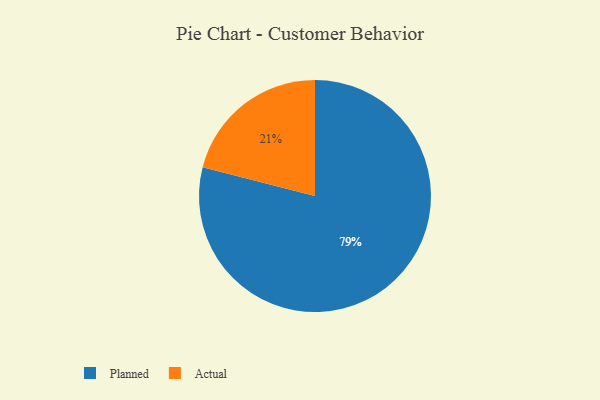
{"axis": {"x": "Category", "y": "Percentage"}, "legend": ["Actual", "Planned"], "data": [{"x": "Planned", "y": 79, "type": "Planned"}, {"x": "Actual", "y": 21, "type": "Actual"}]}